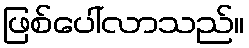
ဖြစ်ပေါ်လာသည်။